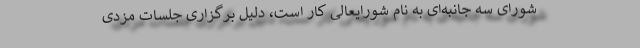
شورای سه جانبه‌ای به نام شورایعالی کار است، دلیل برگزاری جلسات مزدی